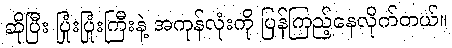
ဆိုပြီး ပြုံးပြုံးကြီးနဲ့ အကုန်လုံးကို ပြန်ကြည့်နေလိုက်တယ်။